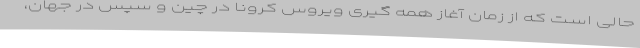
حالی است که از زمان آغاز همه گیری ویروس کرونا در چین و سپس در جهان،